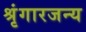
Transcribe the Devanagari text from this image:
श्रृंगारजन्य